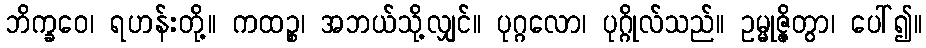
ဘိက္ခဝေ၊ ရဟန်းတို့။ ကထဉ္စ၊ အဘယ်သို့လျှင်။ ပုဂ္ဂလော၊ ပုဂ္ဂိုလ်သည်။ ဥမ္မုဇ္ဇိတွာ၊ ပေါ်၍။